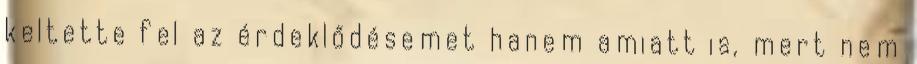
keltette fel az érdeklődésemet hanem amiatt is, mert nem